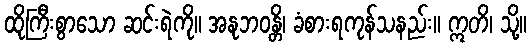
ထိုကြီးစွာသော ဆင်းရဲကို။ အနုဘဝန္တိ၊ ခံစားရကုန်သနည်း။ ဣတိ၊ သို့။